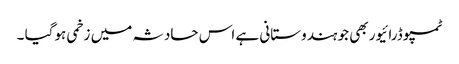
ٹمپو ڈرائیور بھی جو ہندوستانی ہے اس حادثہ میں زخمی ہوگیا ۔